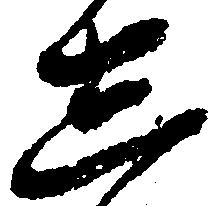
し